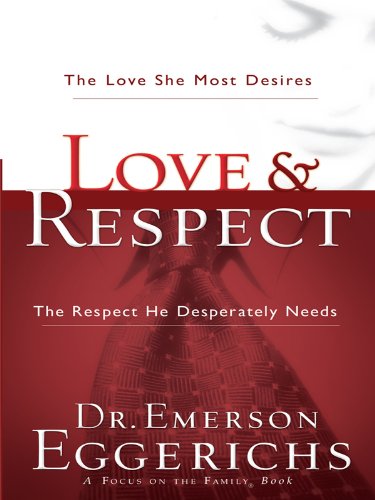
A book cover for Love & Respect: The Love She Most Desires, The Respect He Desperately Needs; Dr. Emerson Eggerichs; Christian Books & Bibles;